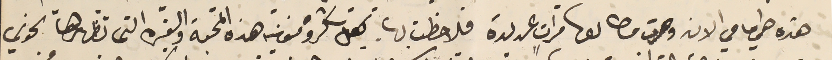
هذه هي امامي الان وصرت مطالعها مرات عديدة فلاحظت بها كل شكر ومنونية هذه المحبة والغيره التى تظهرها نحوي